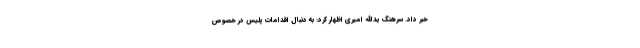
خبر داد. سرهنگ یدالله امیری اظهار کرد: به دنبال اقدامات پلیس در خصوص